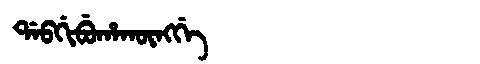
Manchu: ᡩᠠᠪᡤᡳᠪᡠᡥᠠᡴᡡᠩᡤᡝ
Romanization: DABGIBUHAKŪNGGE